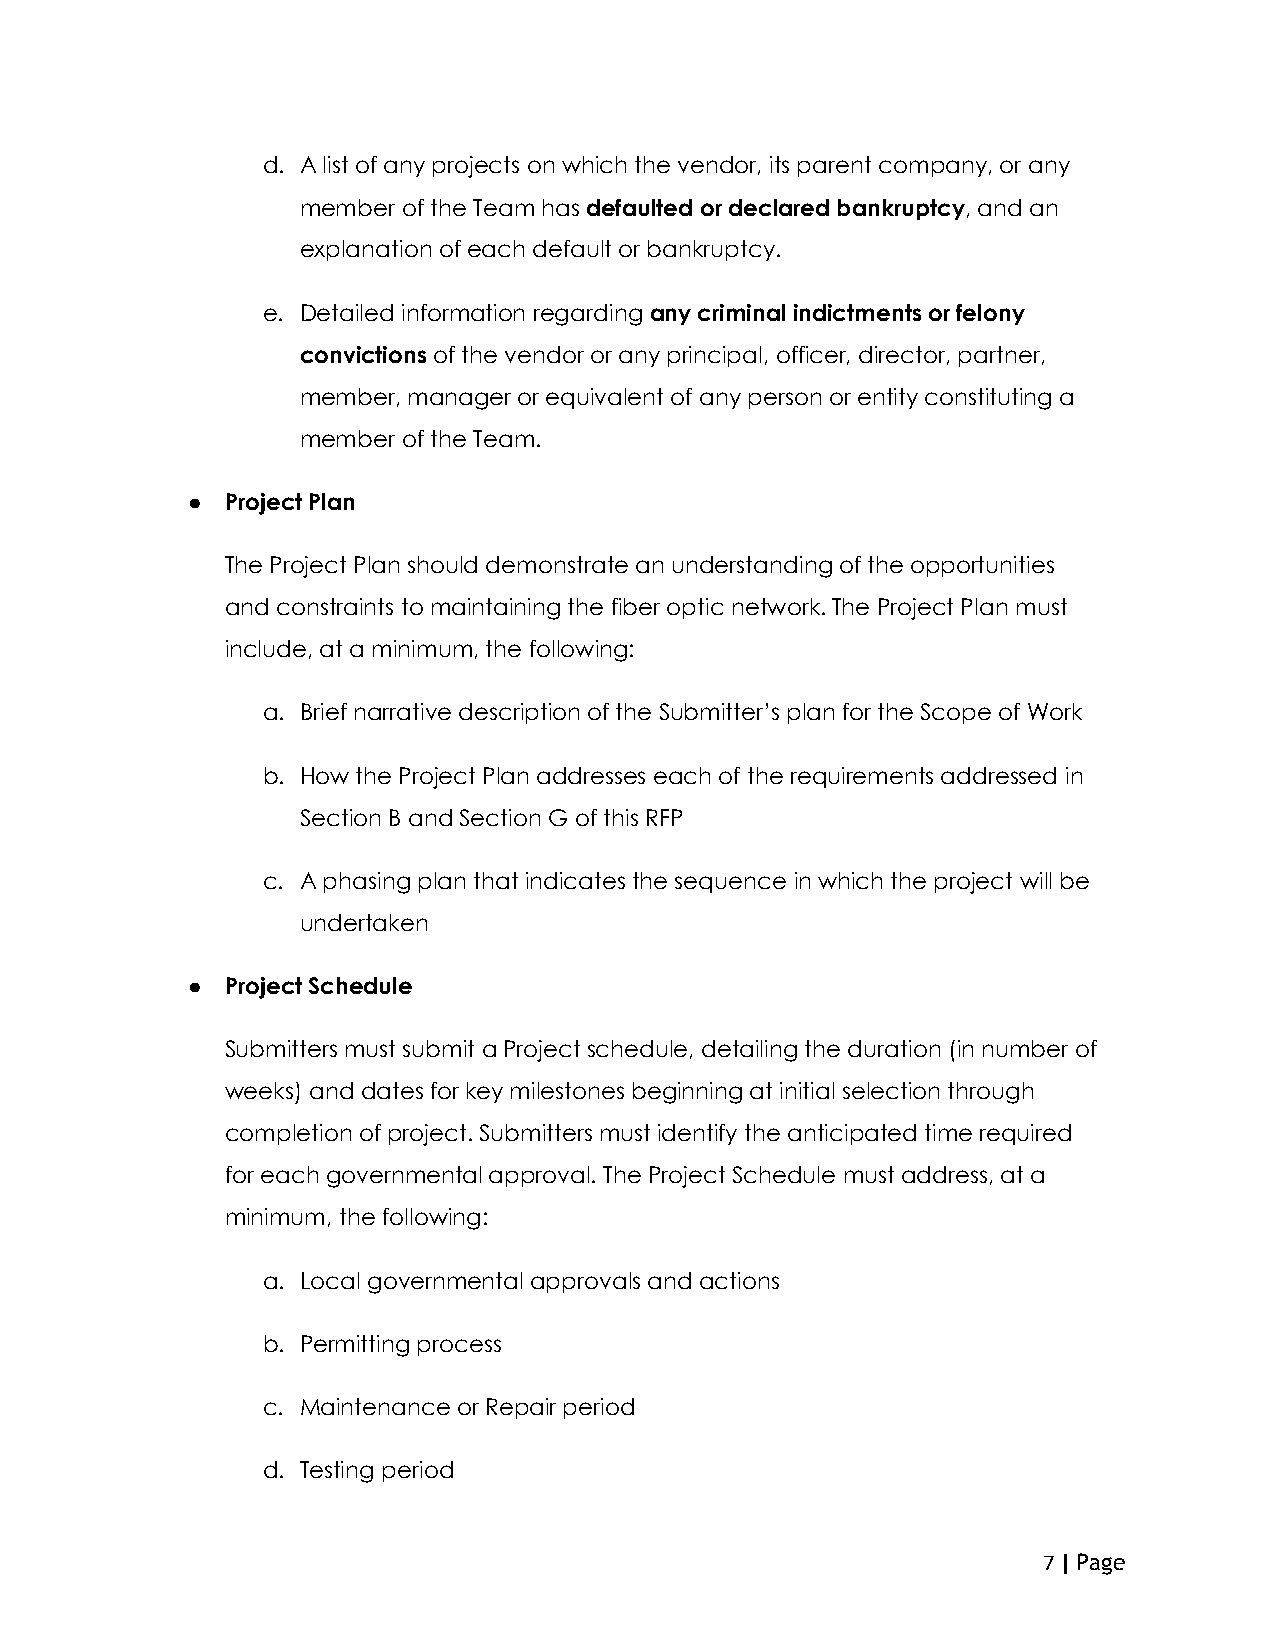
d. A list of any projects on which the vendor, its parent company, or any
 member of the Team has defaulted or declared bankruptcy, and an
 explanation of each default or bankruptcy.
 e. Detailed information regarding any criminal indictments or felony
 convictions of the vendor or any principal, officer, director, partner,
 member, manager or equivalent of any person or entity constituting a
 member of the Team.
 ●  Project Plan
 The Project Plan should demonstrate an understanding of the opportunities
 and constraints to maintaining the fiber optic network. The Project Plan must
 include, at a minimum, the following:
 a. Brief narrative description of the Submitter’s plan for the Scope of Work
 b. How the Project Plan addresses each of the requirements addressed in
 Section B and Section G of this RFP
 c. A phasing plan that indicates the sequence in which the project will be
 undertaken
 ●  Project Schedule
 Submitters must submit a Project schedule, detailing the duration (in number of
 weeks) and dates for key milestones beginning at initial selection through
 completion of project. Submitters must identify the anticipated time required
 for each governmental approval. The Project Schedule must address, at a
 minimum, the following:
 a. Local governmental approvals and actions
 b. Permitting process
 c. Maintenance or Repair period
 d. Testing period
 7 | Page